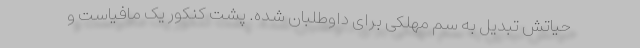
حیاتش تبدیل به سم مهلکی برای داوطلبان شده. پشت کنکور یک مافیاست و